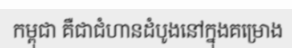
កម្ពុជា គឺជាជំហានដំបូងនៅក្នុងគម្រោង